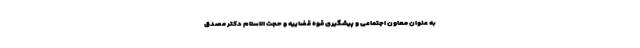
به عنوان معاون اجتماعی و پیشگیری قوه قضاییه و حجت الاسلام دکتر مصدق